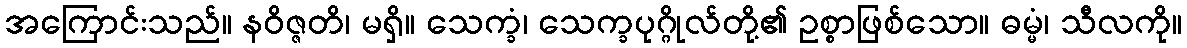
အကြောင်းသည်။ နဝိဇ္ဇတိ၊ မရှိ။ သေက္ခံ၊ သေက္ခပုဂ္ဂိုလ်တို့၏ ဥစ္စာဖြစ်သော။ ဓမ္မံ၊ သီလကို။